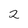
Character: 2